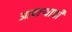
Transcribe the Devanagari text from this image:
आचार्‍याची